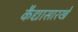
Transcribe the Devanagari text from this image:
कैद्यासारखे